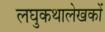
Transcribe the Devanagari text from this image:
लघुकथालेखकों